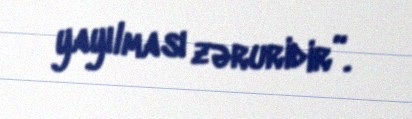
yayılması zəruridir”.